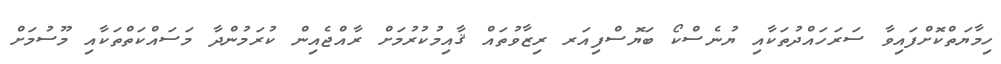
ހިމާޔަތްކޮށްފައިވާ ސަރަހައްދުތަކާއި ޔުނެސްކޯ ބަޔޮސްފިއަރ ރިޒާވުތައް ޤާއިމުކުރުމަށް ރާއްޖެއިން ކުރަމުންދާ މަސައްކަތްތަކާއި މޫސުމަށް